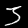
Digit: 3